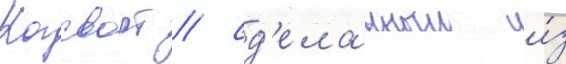
Когсворт / сд'еланныи и́з